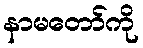
နာမတော်ကို